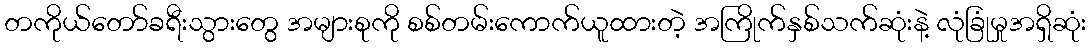
တကိုယ်တော်ခရီးသွားတွေ အများစုကို စစ်တမ်းကောက်ယူထားတဲ့ အကြိုက်နှစ်သက်ဆုံးနဲ့ လုံခြုံမှုအရှိဆုံး